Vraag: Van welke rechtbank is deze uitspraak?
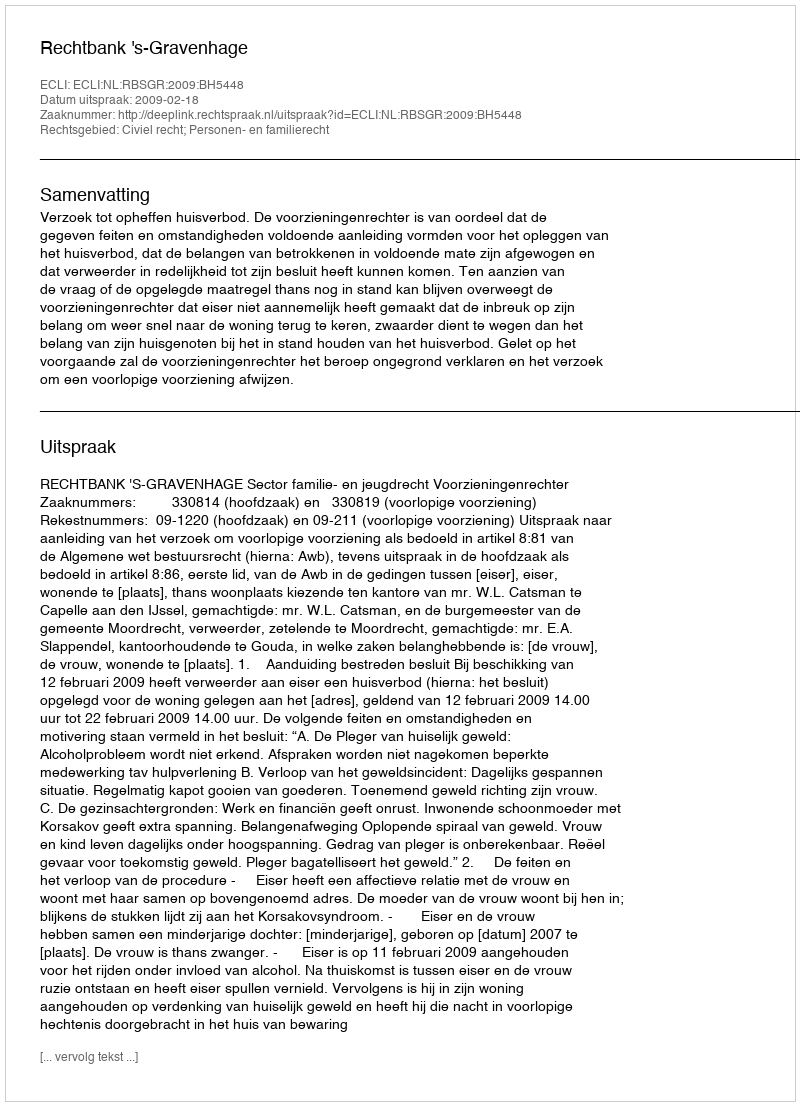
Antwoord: Rechtbank 's-Gravenhage